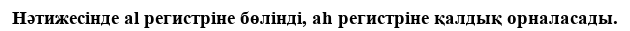
Нәтижесінде al регистріне бөлінді, ah регистріне қалдық орналасады.